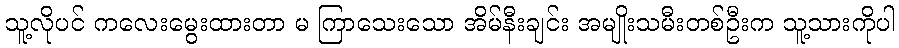
သူ့လိုပင် ကလေးမွေးထားတာ မ ကြာသေးသော အိမ်နီးချင်း အမျိုးသမီးတစ်ဦးက သူ့သားကိုပါ